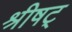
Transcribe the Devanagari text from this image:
श्रीषट्